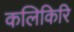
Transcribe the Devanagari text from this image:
कलिकिरि